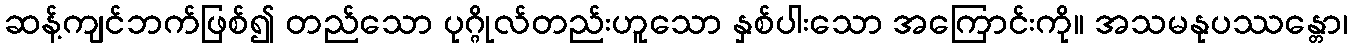
ဆန့်ကျင်ဘက်ဖြစ်၍ တည်သော ပုဂ္ဂိုလ်တည်းဟူသော နှစ်ပါးသော အကြောင်းကို။ အသမနုပဿန္တော၊